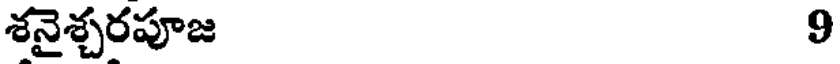
శనైశ్చరపూజ 9